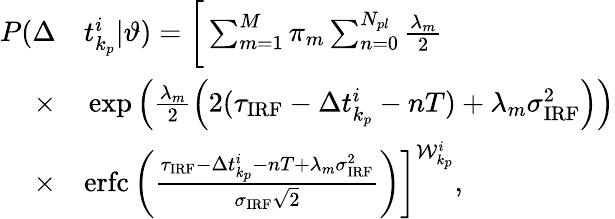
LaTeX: \begin{array}{rl}{P(\Delta}&{{}t_{k_{p}}^{i}|\vartheta)=\bigg[\sum_{m=1}^{M}\pi_{m}\sum_{n=0}^{N_{pl}}\frac{\lambda_{m}}{2}}\\ {\times}&{{}\exp\Big(\frac{\lambda_{m}}{2}\left(2(\tau_{\mathrm{IRF}}-\Delta t_{k_{p}}^{i}-nT)+\lambda_{m}\sigma_{\mathrm{IRF}}^{2}\right)\Big)}\\ {\times}&{{}\mathrm{erfc}\left(\frac{\tau_{\mathrm{IRF}}-\Delta t_{k_{p}}^{i}-nT+\lambda_{m}\sigma_{\mathrm{IRF}}^{2}}{\sigma_{\mathrm{IRF}}\sqrt{2}}\right)\bigg]^{\mathcal{W}_{k_{p}}^{i}},}\end{array}